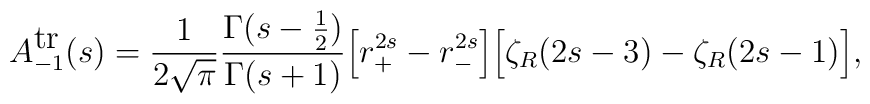
A_{-1}^{\mbox{tr}}(s)={1\over 2\sqrt{\pi}}{\Gamma(s-{1\over 2})\over \Gamma(s+1)}\Bigr[r_{+}^{2s}-r_{-}^{2s}\Bigr]\Bigr[\zeta_{R}(2s-3)-\zeta_{R}(2s-1)\Bigr],